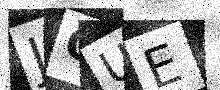
Text: JQUE